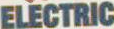
ELECTRIC